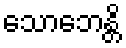
သောဘေန္တိ